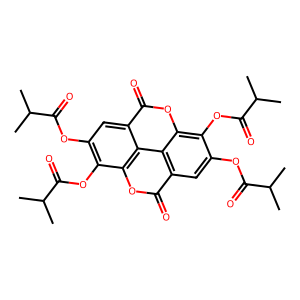
SMILES: CC(C)C(=O)Oc1cc2c(=O)oc3c(OC(=O)C(C)C)c(OC(=O)C(C)C)cc4c(=O)oc(c1OC(=O)C(C)C)c2c34
Inhibits HIV replication: No